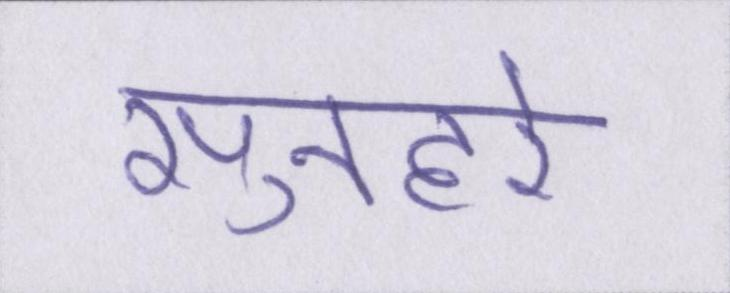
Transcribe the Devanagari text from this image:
सुनहरे